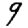
Digit: 9